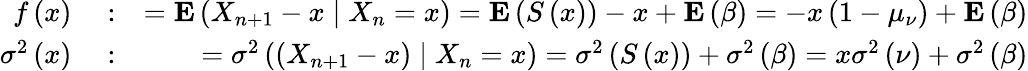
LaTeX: \begin{array}{rlr}{f\left(x\right)}&{{}:}&{={\mathbf E}\left(X_{n+1}-x\mid X_{n}=x\right)={\mathbf E}\left(S\left(x\right)\right)-x+{\mathbf E}\left(\beta\right)=-x\left(1-\mu_{\nu}\right)+{\mathbf E}\left(\beta\right)}\\ {\sigma^{2}\left(x\right)}&{{}:}&{=\sigma^{2}\left(\left(X_{n+1}-x\right)\mid X_{n}=x\right)=\sigma^{2}\left(S\left(x\right)\right)+\sigma^{2}\left(\beta\right)=x\sigma^{2}\left(\nu\right)+\sigma^{2}\left(\beta\right)}\end{array}